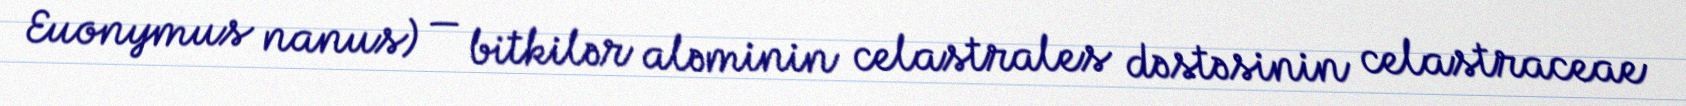
Euonymus nanus) — bitkilər aləminin celastrales dəstəsinin celastraceae